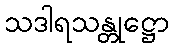
သဒါရသန္တုဋ္ဌော